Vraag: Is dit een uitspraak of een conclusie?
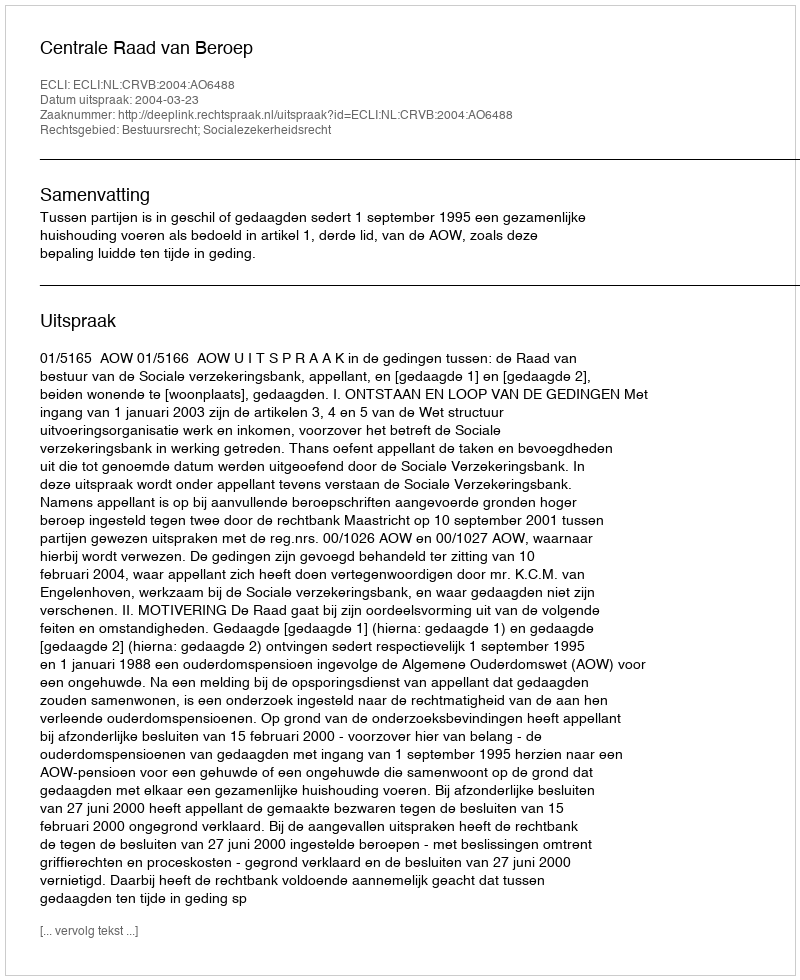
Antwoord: Uitspraak